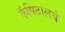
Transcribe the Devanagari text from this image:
कॅपिटालचे